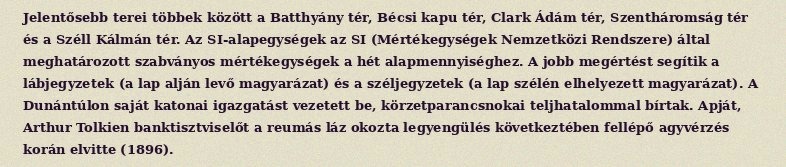
Jelentősebb terei többek között a Batthyány tér, Bécsi kapu tér, Clark Ádám tér, Szentháromság tér és a Széll Kálmán tér. Az SI-alapegységek az SI (Mértékegységek Nemzetközi Rendszere) által meghatározott szabványos mértékegységek a hét alapmennyiséghez. A jobb megértést segítik a lábjegyzetek (a lap alján levő magyarázat) és a széljegyzetek (a lap szélén elhelyezett magyarázat). A Dunántúlon saját katonai igazgatást vezetett be, körzetparancsnokai teljhatalommal bírtak. Apját, Arthur Tolkien banktisztviselőt a reumás láz okozta legyengülés következtében fellépő agyvérzés korán elvitte (1896).